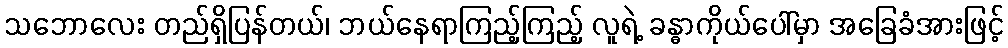
သဘောလေး တည်ရှိပြန်တယ်၊ ဘယ်နေရာကြည့်ကြည့် လူရဲ့ ခန္ဓာကိုယ်ပေါ်မှာ အခြေခံအားဖြင့်